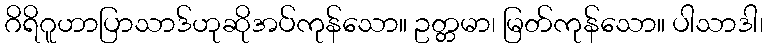
ဂိရိဂူဟာပြာသာဒ်ဟုဆိုအပ်ကုန်သော။ ဥတ္တမာ၊ မြတ်ကုန်သော။ ပါသာဒါ၊